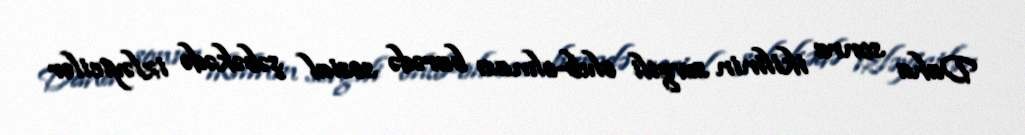
Daha sonra ikilinin sevgili olub-olması barədə sosial şəbəkədə izləyicilər